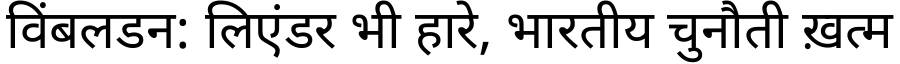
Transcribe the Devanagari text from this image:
विंबलडन: लिएंडर भी हारे, भारतीय चुनौती ख़त्म